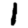
Digit: 1